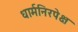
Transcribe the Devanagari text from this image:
धार्मनिरपेक्ष